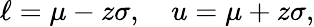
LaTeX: \ell=\mu-z\sigma,\quad u=\mu+z\sigma,